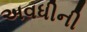
અવધીની